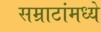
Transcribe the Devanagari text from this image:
सम्राटांमध्ये